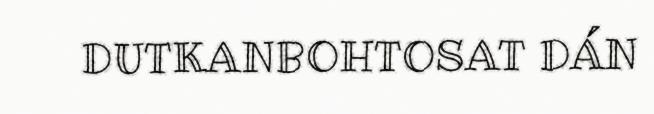
DUTKANBOHTOSAT DÁN